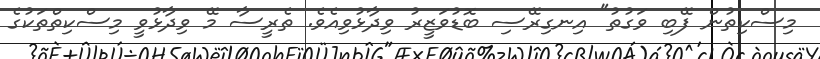
މިސްކިތުން ފޭބި ވަގުތު" އިނގިރޭސި ބޮޑުވަޒީރު ވިދާޅުވިއެވެ. ތެރީސާ މޭ ވިދާޅުވީ މިސްކިތްތަކުގެ